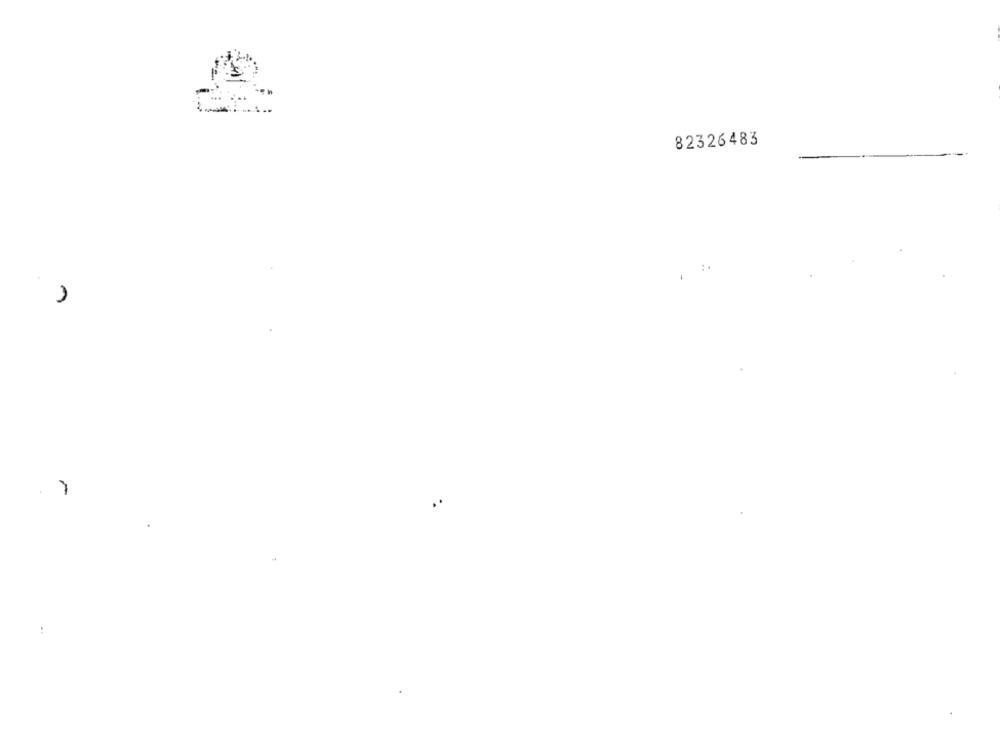
82326483
1
-